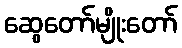
ဆွေတော်မျိုးတော်